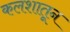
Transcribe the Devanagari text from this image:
कलशातून